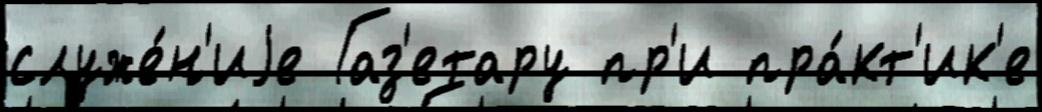
служе́н'иjе Газ'етару пр'и пра́кт'ик'е